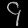
Digit: ၄